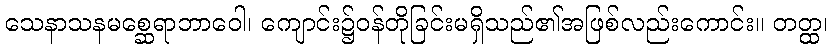
သေနာသနမစ္ဆေရာဘာဝေါ၊ ကျောင်း၌ဝန်တိုခြင်းမရှိသည်၏အဖြစ်လည်းကောင်း။ တတ္ထ၊